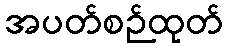
အပတ်စဉ်ထုတ်